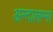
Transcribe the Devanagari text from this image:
अन्दालम्मा